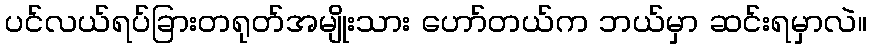
ပင်လယ်ရပ်ခြားတရုတ်အမျိုးသား ဟော်တယ်က ဘယ်မှာ ဆင်းရမှာလဲ။